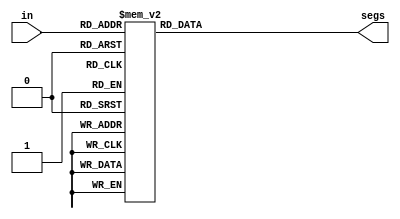
`define Hex0 ~7'b0111111
`define Hex1 ~7'b0000110
`define Hex2 ~7'b1011011
`define Hex3 ~7'b1001111
`define Hex4 ~7'b1100110
`define Hex5 ~7'b1101101
`define Hex6 ~7'b1111101
`define Hex7 ~7'b0000111
`define Hex8 ~7'b1111111
`define Hex9 ~7'b1101111
`define Hex10 ~7'b1110111
`define Hex11 ~7'b1111100
`define Hex12 ~7'b0111001
`define Hex13 ~7'b1011110
`define Hex14 ~7'b1111001
`define Hex15 ~7'b1110001
module sseg(in,segs);
  input [3:0] in;
  output reg [6:0] segs;

	always@(*) begin
		
	case(in)
		4'd0: segs = `Hex0;
		4'd1: segs = `Hex1;
		4'd2: segs = `Hex2;
		4'd3: segs = `Hex3;
		4'd4: segs = `Hex4;
		4'd5: segs = `Hex5;
		4'd6: segs = `Hex6;
		4'd7: segs = `Hex7;
		4'd8: segs = `Hex8;
		4'd9: segs = `Hex9;
		4'd10: segs = `Hex10;
		4'd11: segs = `Hex11;
		4'd12: segs = `Hex12;
		4'd13: segs = `Hex13;
		4'd14: segs = `Hex14;
		4'd15: segs = `Hex15;
		default: segs = 7'bxxxxxxx;
	endcase
	
		
	end

endmodule